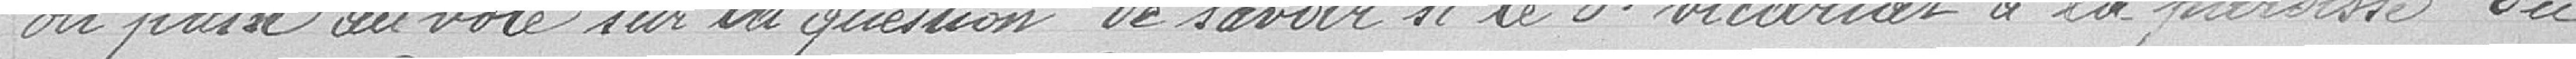
on passe au vote sur la question de savoir si le 3ème vicariat à la paroisse du